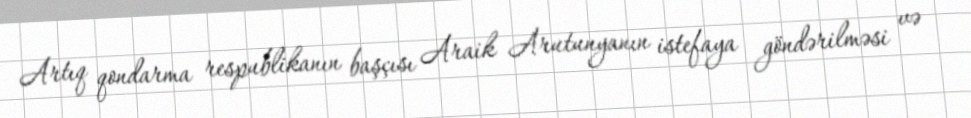
Artıq qondarma respublikanın başçısı Araik Arutunyanın istefaya göndərilməsi və